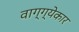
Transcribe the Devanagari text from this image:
वाग्ग्येकार